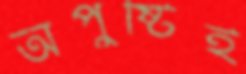
অপুষ্টিই